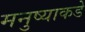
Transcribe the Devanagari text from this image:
मनुष्याकडे